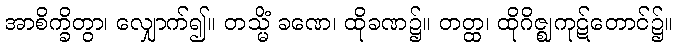
အာစိက္ခိတွာ၊ လျှောက်၍။ တသ္မိံ ခဏေ၊ ထိုခဏ၌။ တတ္ထ၊ ထိုဂိဇ္ဈကုဋ်တောင်၌။